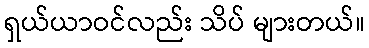
ရှယ်ယာဝင်လည်း သိပ် များတယ်။